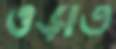
ওড়াত